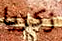
زكريا